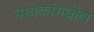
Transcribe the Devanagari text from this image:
नायकांमधील